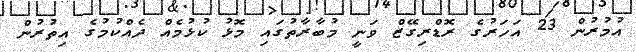
އުމުރުން 23 އަހަރުގެ ރޮޑްރިގޭޒް ވަނީ މުބާރާތުގައި މޮޅު ކުޅުމެއް ދެއްކުމުގެ އިތުރުން